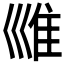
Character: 𡿾